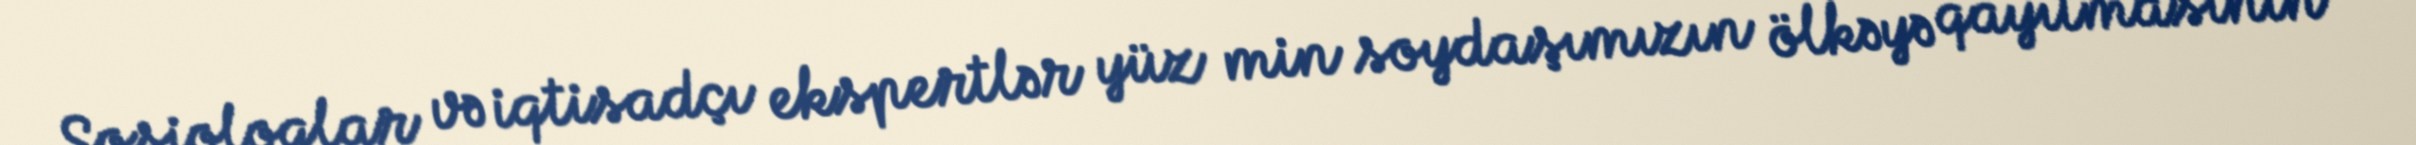
Sosioloqlar və iqtisadçı ekspertlər yüz min soydaşımızın ölkəyə qayıtmasının